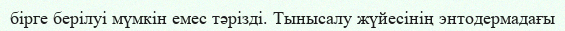
бірге берілуі мүмкін емес тәрізді. Тынысалу жүйесінің энтодермадағы